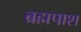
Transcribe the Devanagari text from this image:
ब्रह्मपाश